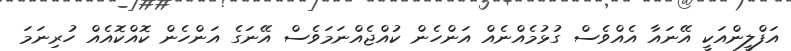
އަފްލީންއަކީ އޭނައާ އެއްވެސް ގުޅުމެއްނެއް އަންހެން ކުއްޖެއްނަމަވެސް އޭނަގެ އަންހެން ކޮއްކޮއެއް ހުރިނަމަ